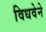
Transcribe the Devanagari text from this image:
विधवेने